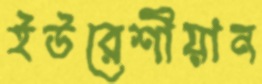
ইউরেশীয়ান